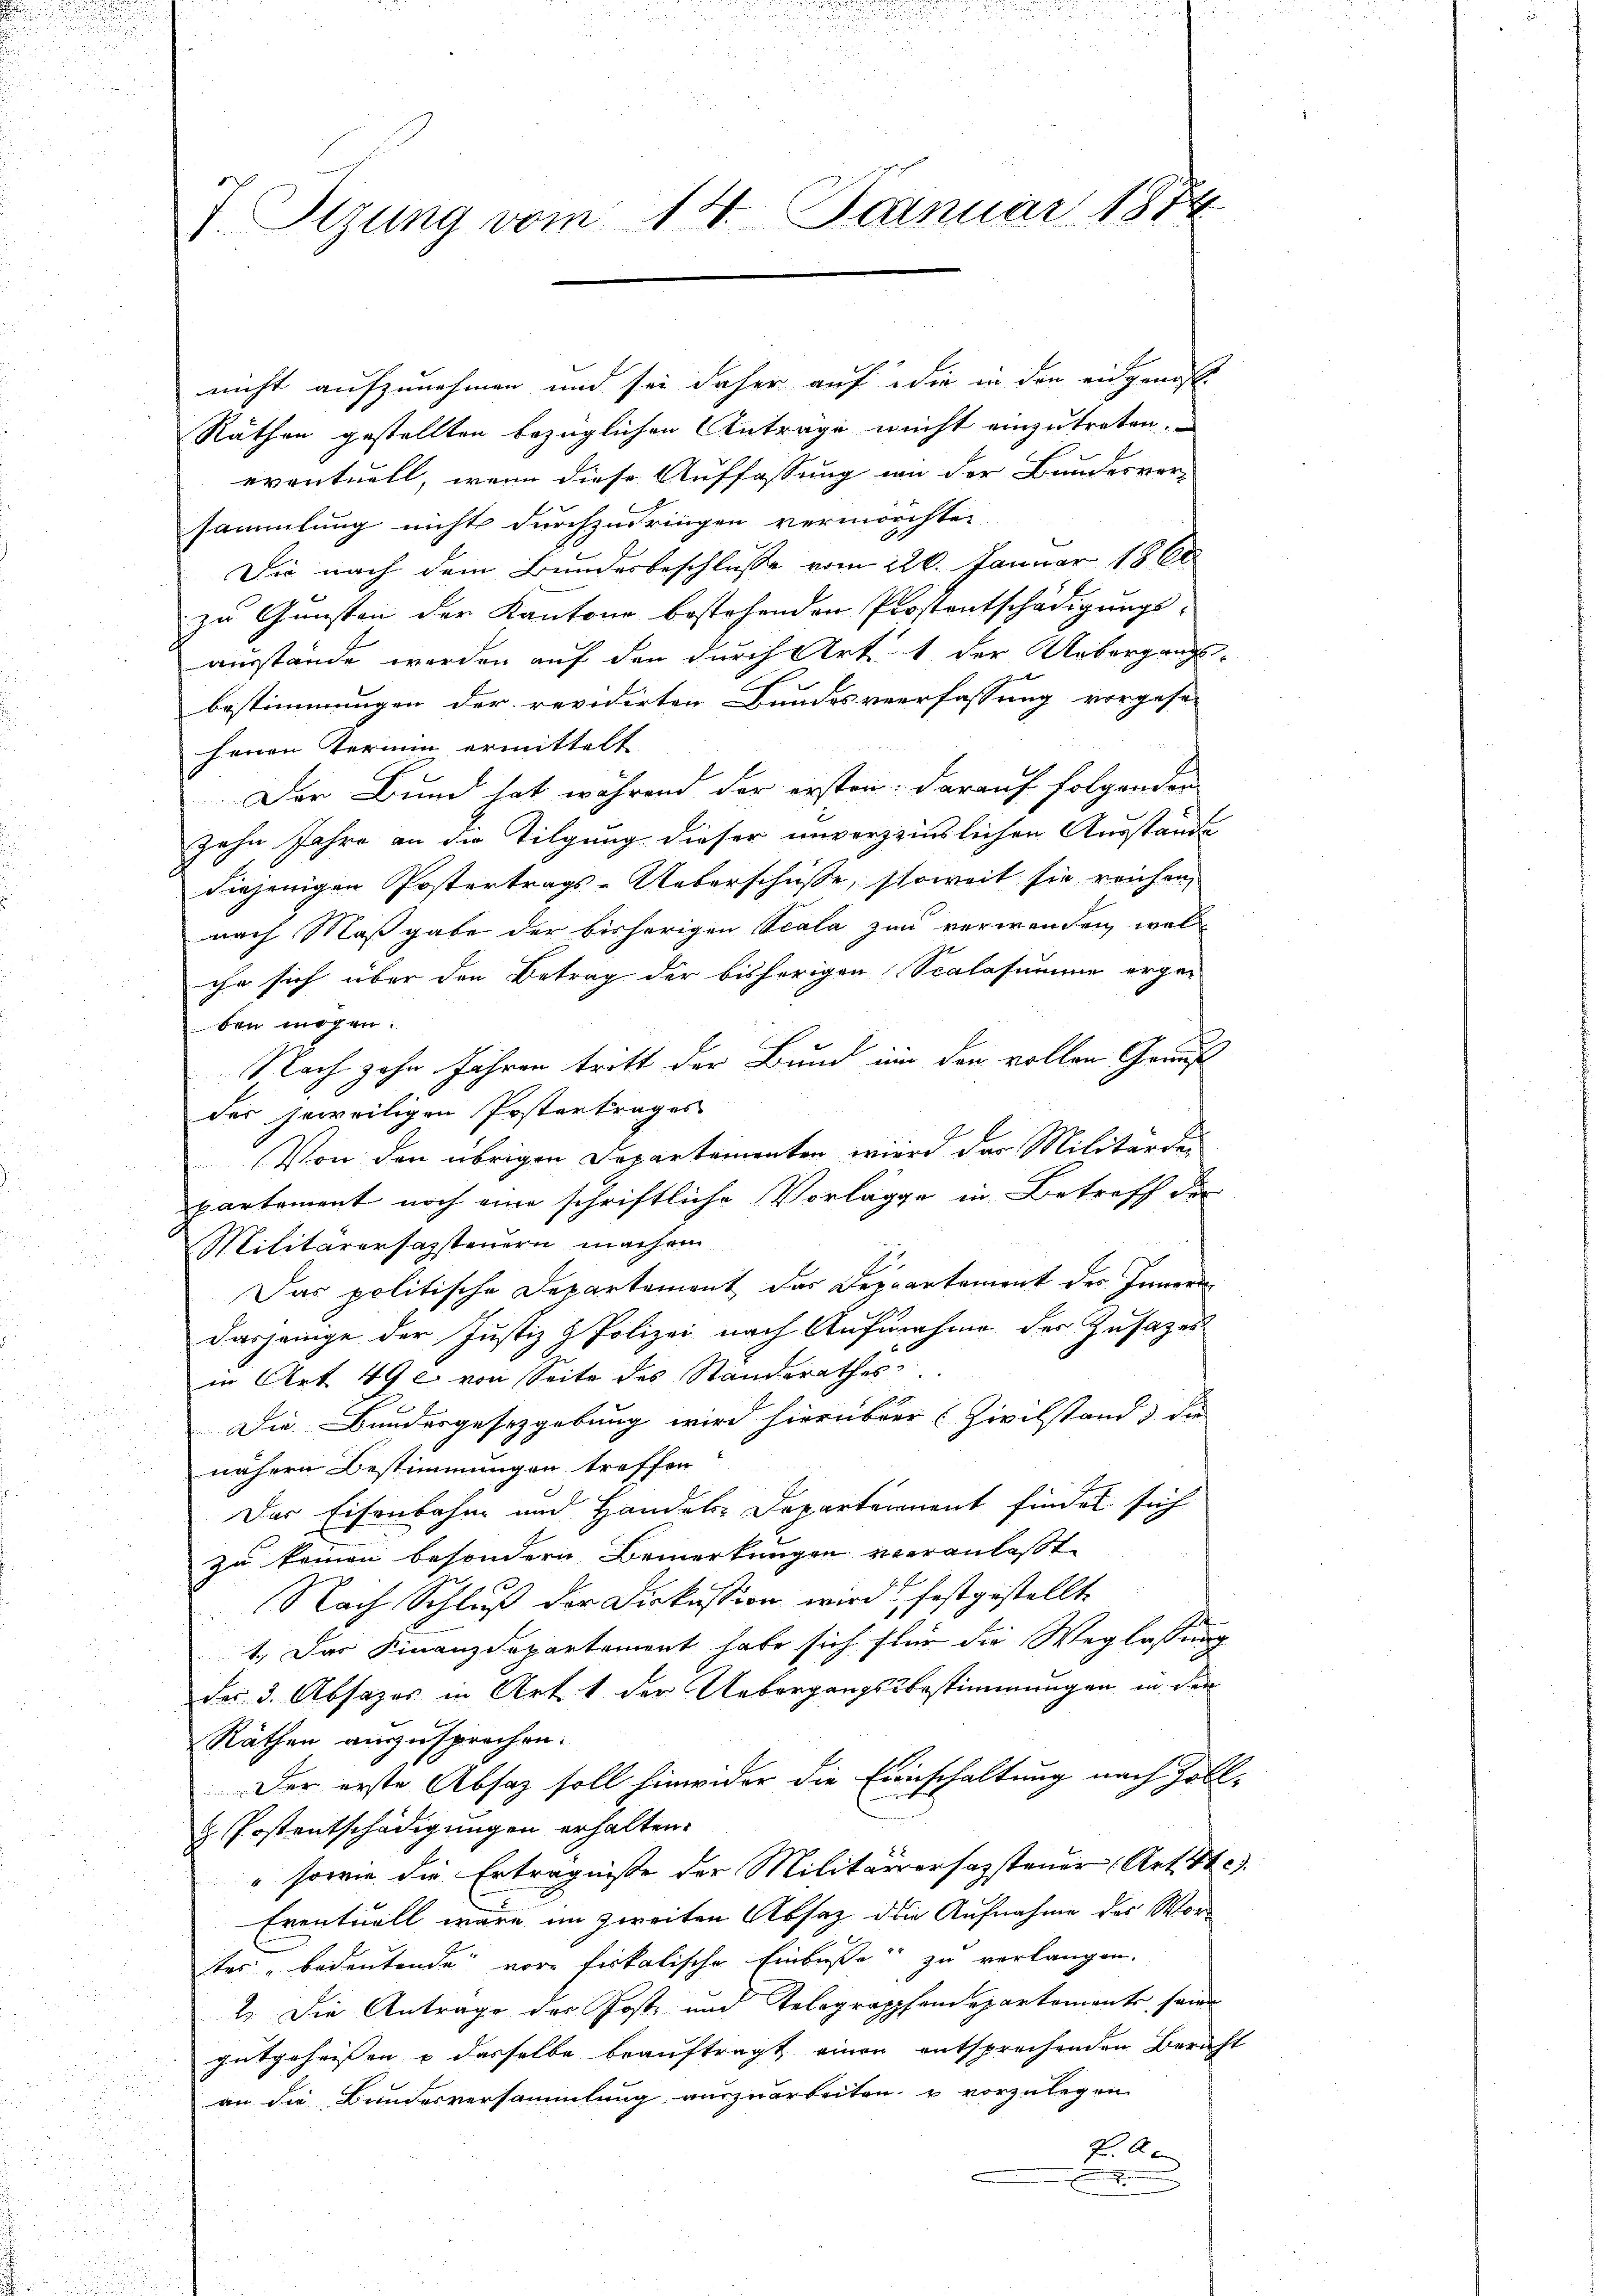
Sizung vom 14. Januar 1874

nicht aufzunehmen und sei daher auf die in den eingenosse
Räthen gestellten bezüglichen Anträge nicht einzutreten.
d
eventuell, wenn diese Auffassung an der Bundesver-
sammlung nicht durchzudringen vermochten.
Die nach dem Bundesbeschlusse vom 226. Januar 1860
zu Gunsten der Kantone bestehenden Prostentschädigungs-
ausstände werden auf den durch Art. 1 der Uebergraths-
bestimmungen der revidirten Bundesverfassung vorgese
henen Termin ermittelt
Der Bund hat während der ersten: darauf folgenden
zehn Jahre an die Tilgung dieser unverzinslichen Ausstände
diejenigen Postertrags-Ueberschüsse, soweit sie reichen,
nach Maßgabe der bisherigen Scala zum verwenden, welche sich über den Betrag der bisherigen Scalasumme erge-
ben mögen.
Nach zehn Jahren tritt der Bund um den vollen Genus
des jeweiligen Erstertrages
Von den übrigen Departementen wird das Militärder
partement noch eine schriftliche Vorlägge in Betreff der
Militärersamsteuern machen.
Das politische Departement das Deppartement der Innern
dasjenige der Justiz & Polizei nach Aufnahme der Zusatzes
in Art. 49 l. von Seite des Standerathes
Die Bundesgesetzgebung wird hierüber (Zivilstand die
nähern Bestimmungen treffen
Der Eisenbahn und Handels-Departennent findet sich
zu keinen besondern Bemerkungen veranlaßt
Nach Schluß der Diskussion wird festgestellt.
1. Das Finanzdepartement habe sich für die Weglassung
Fer 3. Absages in Art. 1 der Uebergangsbestimmungen in den
Räthen auszusprochen.
Der erste Absatz soll hinwider die Einschaltung nach Zoll-
 Postentschädigungen erhalten.
" sowie die Erträgnisse der Militärrersazsteuer Art.
Eventuell wäre im zweiten Absatz die Aufnahme des Vorter „bedeutende vor fiskalische Einbuße zu verlangen.
2. Die Antrage der Post- und Telegrapphendepartements seine
gutgeheissen & dasselbe beauftragt einen entsprechenden Bericht
an die Bundesversammlung auszuarbeiten, u vorzulegen
P. A
.
i
u
1